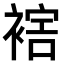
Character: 𧛪